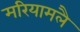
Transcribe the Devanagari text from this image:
मरियामलै